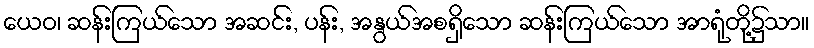
ယေဝ၊ ဆန်းကြယ်သော အဆင်း, ပန်း, အနွယ်အစရှိသော ဆန်းကြယ်သော အာရုံတို့၌သာ။